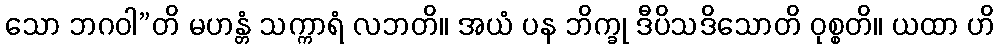
သော ဘဂဝါ”တိ မဟန္တံ သက္ကာရံ လဘတိ။ အယံ ပန ဘိက္ခု ဒီပိသဒိသောတိ ဝုစ္စတိ။ ယထာ ဟိ